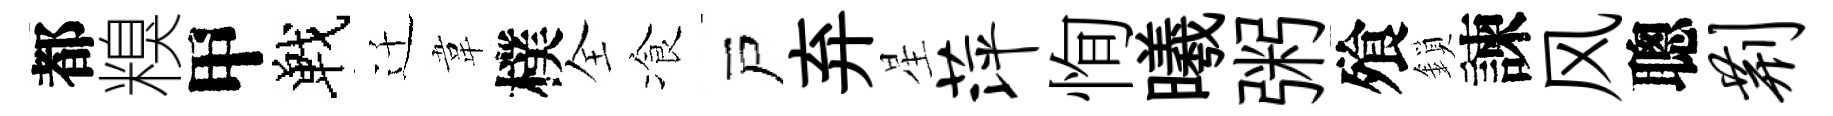
都糗甲戰迁韋樸全飡戸弃星萍恂曦粥飱鎖諫风聰荆